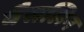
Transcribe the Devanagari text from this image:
वैसलिन